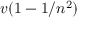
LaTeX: \, v ( 1 - 1 / n ^ { 2 } )